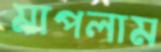
মাপলাম